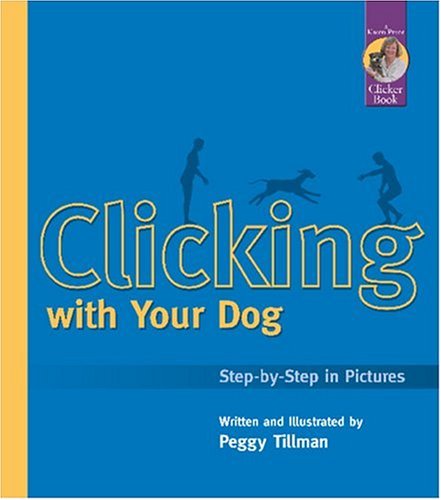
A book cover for Clicking With Your Dog: Step-By-Step in Pictures (Karen Pryor Clicker Books); Peggy Tillman; Crafts, Hobbies & Home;